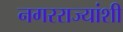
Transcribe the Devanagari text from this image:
नगरराज्यांशी